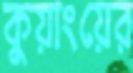
কুয়াংয়ের